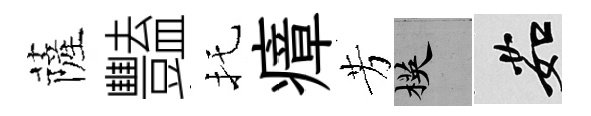
薩豔托瘴芳楧茹